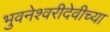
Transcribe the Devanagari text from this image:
भुवनेश्वरीदेवीच्या